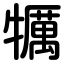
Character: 犡